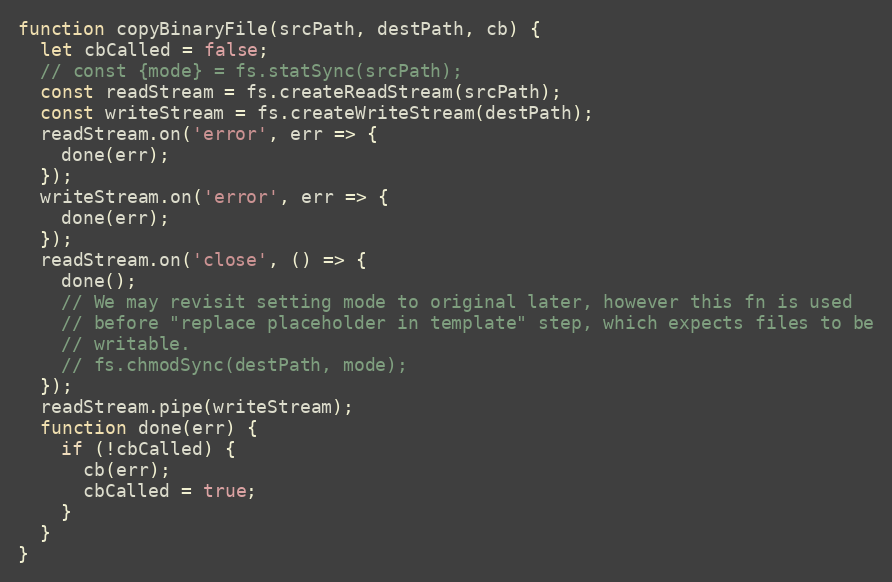
Language: JavaScript
function copyBinaryFile(srcPath, destPath, cb) {
  let cbCalled = false;
  // const {mode} = fs.statSync(srcPath);
  const readStream = fs.createReadStream(srcPath);
  const writeStream = fs.createWriteStream(destPath);
  readStream.on('error', err => {
    done(err);
  });
  writeStream.on('error', err => {
    done(err);
  });
  readStream.on('close', () => {
    done();
    // We may revisit setting mode to original later, however this fn is used
    // before "replace placeholder in template" step, which expects files to be
    // writable.
    // fs.chmodSync(destPath, mode);
  });
  readStream.pipe(writeStream);
  function done(err) {
    if (!cbCalled) {
      cb(err);
      cbCalled = true;
    }
  }
}